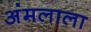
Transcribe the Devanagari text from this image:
अंमलाला